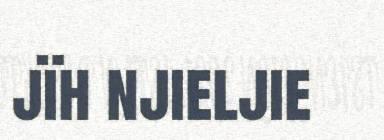
jïh njieljie